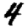
Digit: 4